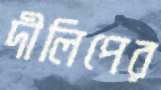
দীলিপের